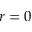
r = 0